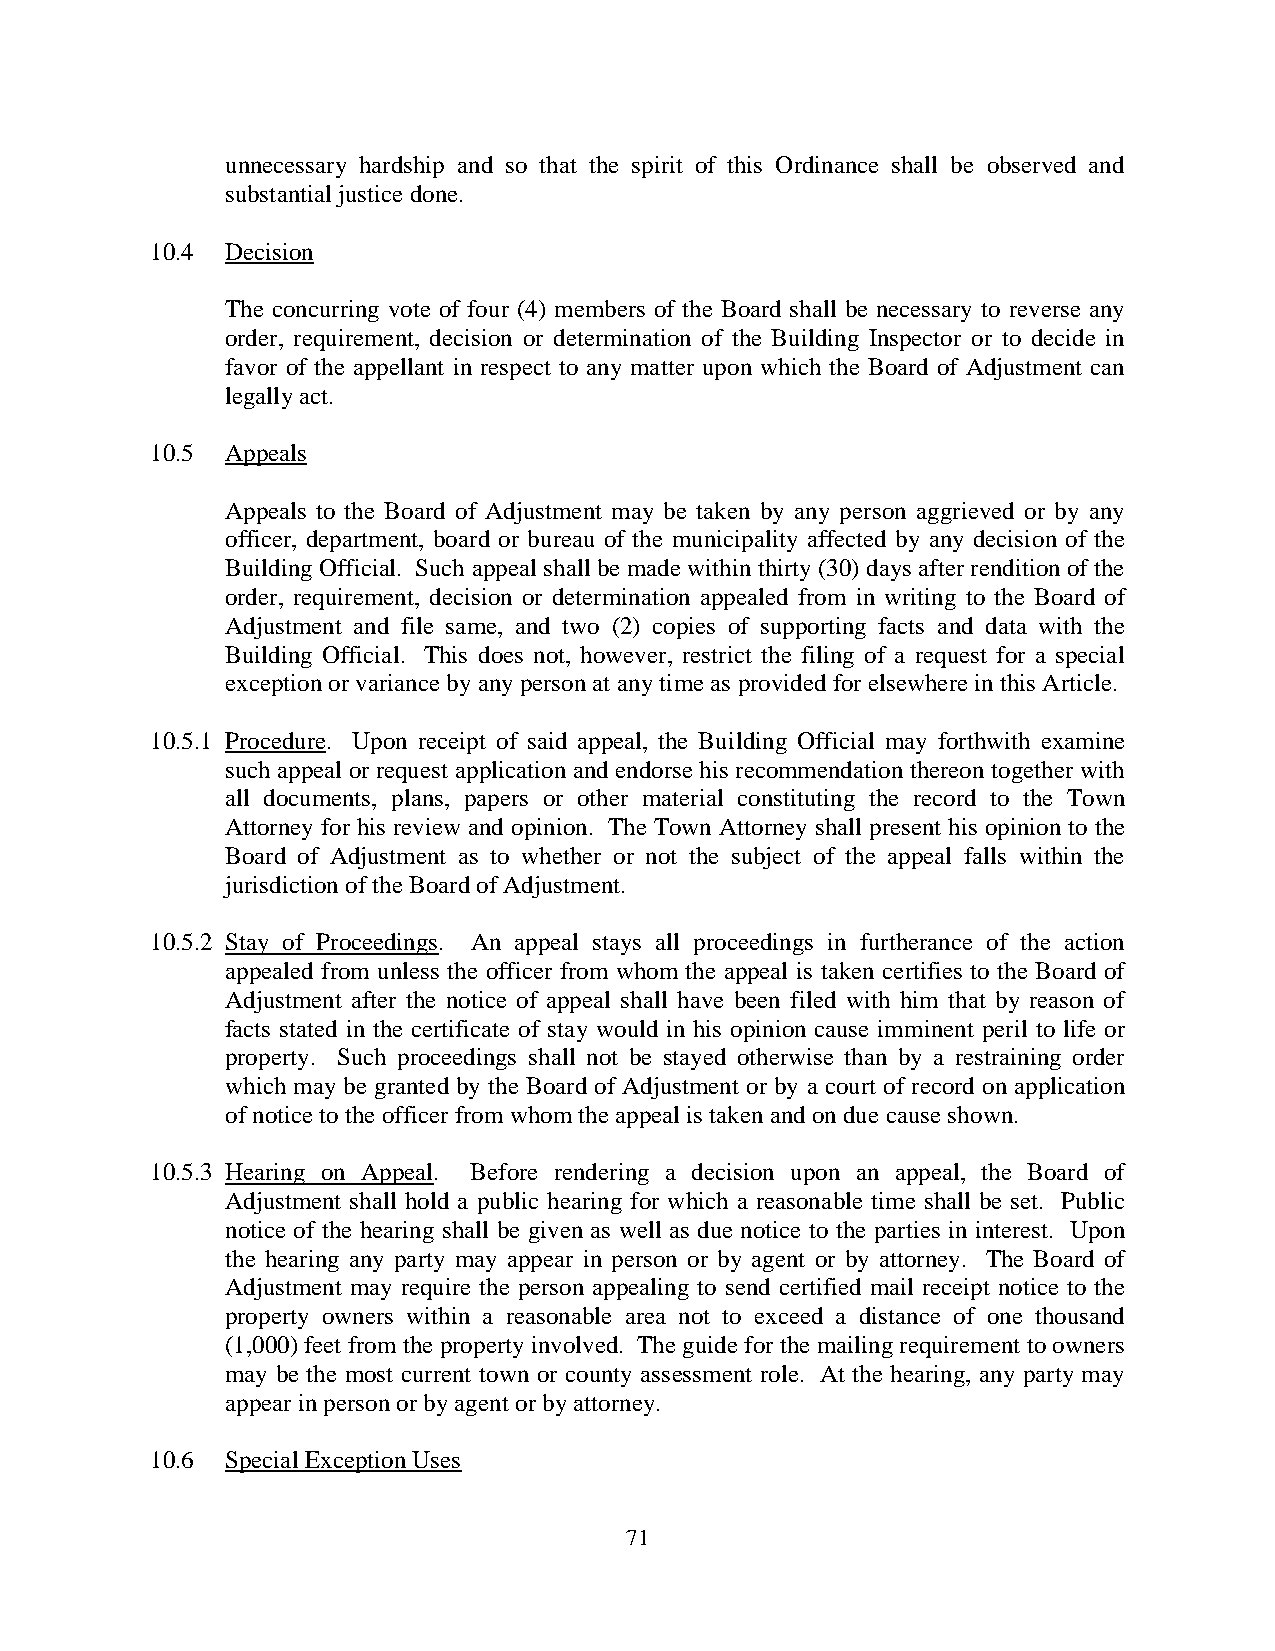
unnecessary hardship and so that the spirit of this Ordinance shall be observed and
 substantial justice done.
 10.4 Decision
 The concurring vote of four (4) members of the Board shall be necessary to reverse any
 order, requirement, decision or determination of the Building Inspector or to decide in
 favor of the appellant in respect to any matter upon which the Board of Adjustment can
 legally act.
 10.5 Appeals
 Appeals to the Board of Adjustment may be taken by any person aggrieved or by any
 officer, department, board or bureau of the municipality affected by any decision of the
 Building Official. Such appeal shall be made within thirty (30) days after rendition of the
 order, requirement, decision or determination appealed from in writing to the Board of
 Adjustment and file same, and two (2) copies of supporting facts and data with the
 Building Official. This does not, however, restrict the filing of a request for a special
 exception or variance by any person at any time as provided for elsewhere in this Article.
 10.5.1 Procedure. Upon receipt of said appeal, the Building Official may forthwith examine
 such appeal or request application and endorse his recommendation thereon together with
 all documents, plans, papers or other material constituting the record to the Town
 Attorney for his review and opinion. The Town Attorney shall present his opinion to the
 Board of Adjustment as to whether or not the subject of the appeal falls within the
 jurisdiction of the Board of Adjustment.
 10.5.2 Stay of Proceedings. An appeal stays all proceedings in furtherance of the action
 appealed from unless the officer from whom the appeal is taken certifies to the Board of
 Adjustment after the notice of appeal shall have been filed with him that by reason of
 facts stated in the certificate of stay would in his opinion cause imminent peril to life or
 property. Such proceedings shall not be stayed otherwise than by a restraining order
 which may be granted by the Board of Adjustment or by a court of record on application
 of notice to the officer from whom the appeal is taken and on due cause shown.
 10.5.3 Hearing on Appeal. Before rendering a decision upon an appeal, the Board of
 Adjustment shall hold a public hearing for which a reasonable time shall be set. Public
 notice of the hearing shall be given as well as due notice to the parties in interest. Upon
 the hearing any party may appear in person or by agent or by attorney. The Board of
 Adjustment may require the person appealing to send certified mail receipt notice to the
 property owners within a reasonable area not to exceed a distance of one thousand
 (1,000) feet from the property involved. The guide for the mailing requirement to owners
 may be the most current town or county assessment role. At the hearing, any party may
 appear in person or by agent or by attorney.
 10.6 Special Exception Uses
 7 1